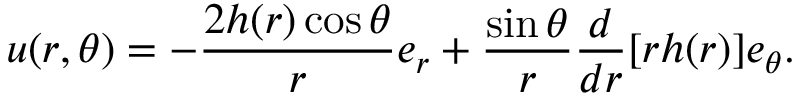
\boldsymbol { u } ( r , \theta ) = - \frac { 2 h ( r ) \cos \theta } { r } \boldsymbol { e } _ { r } + \frac { \sin \theta } { r } \frac { d } { d r } [ r h ( r ) ] \boldsymbol { e } _ { \theta } .